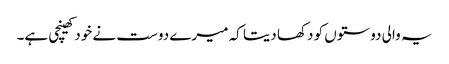
یہ والی دوستوں کو دکھا دیتا کہ میرے دوست نے خود کھینچی ہے۔